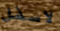
لاسفل